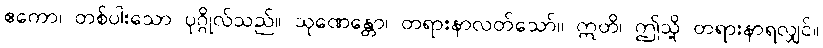
ဧကော၊ တစ်ပါးသော ပုဂ္ဂိုလ်သည်။ သုဏေန္တော၊ တရားနာလတ်သော်။ ဣတိ၊ ဤသို့ တရားနာရလျှင်။